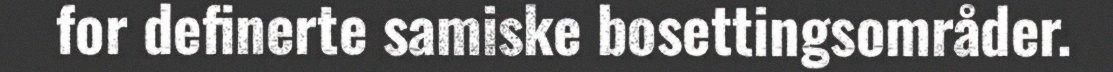
for definerte samiske bosettingsområder.